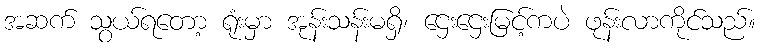
အဆက် သွယ်ရတော့ ရုံးမှာ အုန်းသန်းမရှိ၊ ဌေးဌေးမြင့်ကပဲ ဖုန်းလာကိုင်သည်။